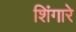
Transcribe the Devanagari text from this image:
शिंगारे